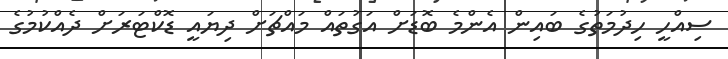
ސިއްހީ ހިދުމަތުގެ ބައިން އެންމެ ބޮޑަށް އަގުތައް މައްޗަށް ދިޔައީ ޑޮކްޓަރަށް ދެއްކުމުގެ